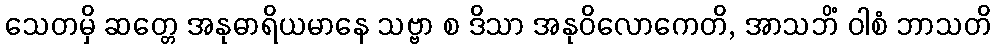
သေတမှိ ဆတ္တေ အနုဓာရိယမာနေ သဗ္ဗာ စ ဒိသာ အနုဝိလောကေတိ, အာသဘိံ ဝါစံ ဘာသတိ